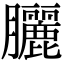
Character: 𫇃